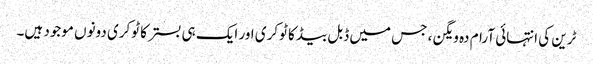
ٹرین کی انتہائی آرام دہ ویگن ، جس میں ڈبل بیڈ کا ٹوکری اور ایک ہی بستر کا ٹوکری دونوں موجود ہیں۔